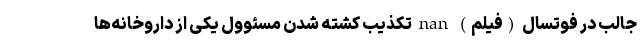
جالب در فوتسال (فیلم) nan تکذیب کشته شدن مسئوول یکی از داروخانه‌ها